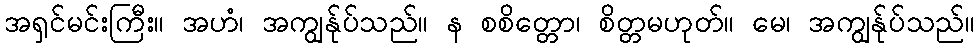
အရှင်မင်းကြီး။ အဟံ၊ အကျွန်ုပ်သည်။ န စစိတ္တော၊ စိတ္တမဟုတ်။ မေ၊ အကျွန်ုပ်သည်။